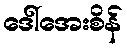
ဒေါ်အေးစိန်